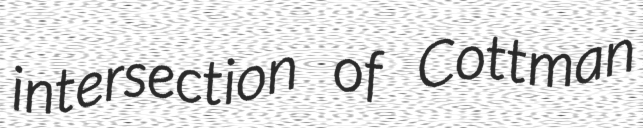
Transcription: intersection of Cottman